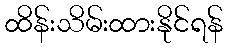
ထိန်းသိမ်းထားနိုင်ရန်